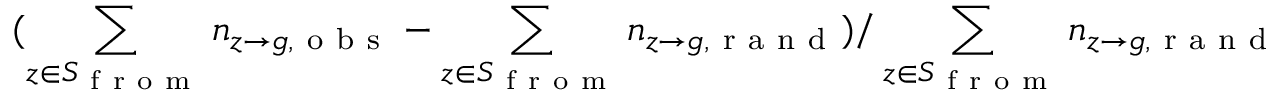
( \sum _ { z \in S _ { \mathrm { ~ f ~ r ~ o ~ m ~ } } } n _ { z \to g , \mathrm { ~ o ~ b ~ s ~ } } - \sum _ { z \in S _ { \mathrm { ~ f ~ r ~ o ~ m ~ } } } n _ { z \to g , \mathrm { ~ r ~ a ~ n ~ d ~ } } ) / \sum _ { z \in S _ { \mathrm { ~ f ~ r ~ o ~ m ~ } } } n _ { z \to g , \mathrm { ~ r ~ a ~ n ~ d ~ } }